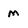
Character: m